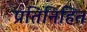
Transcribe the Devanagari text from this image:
प्रतिनिहित